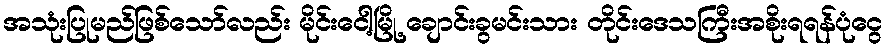
အသုံးပြုမည်ဖြစ်သော်လည်း မိုင်းငေါ့မြို့ ချောင်းခွမင်းသား တိုင်းဒေသကြီးအစိုးရရန်ပုံငွေ